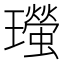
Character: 𤫁